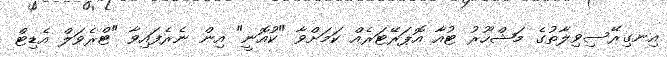
އިނގިރޭސިވިލާތުގެ މަޝްހޫރު ޓުއާ އޮޕަރޭޓަރެއް ކަމަށްވާ "ކުއޮނީ" އިން ނެރެފައިވާ "ޓްރެވަލް އެޑިޓް